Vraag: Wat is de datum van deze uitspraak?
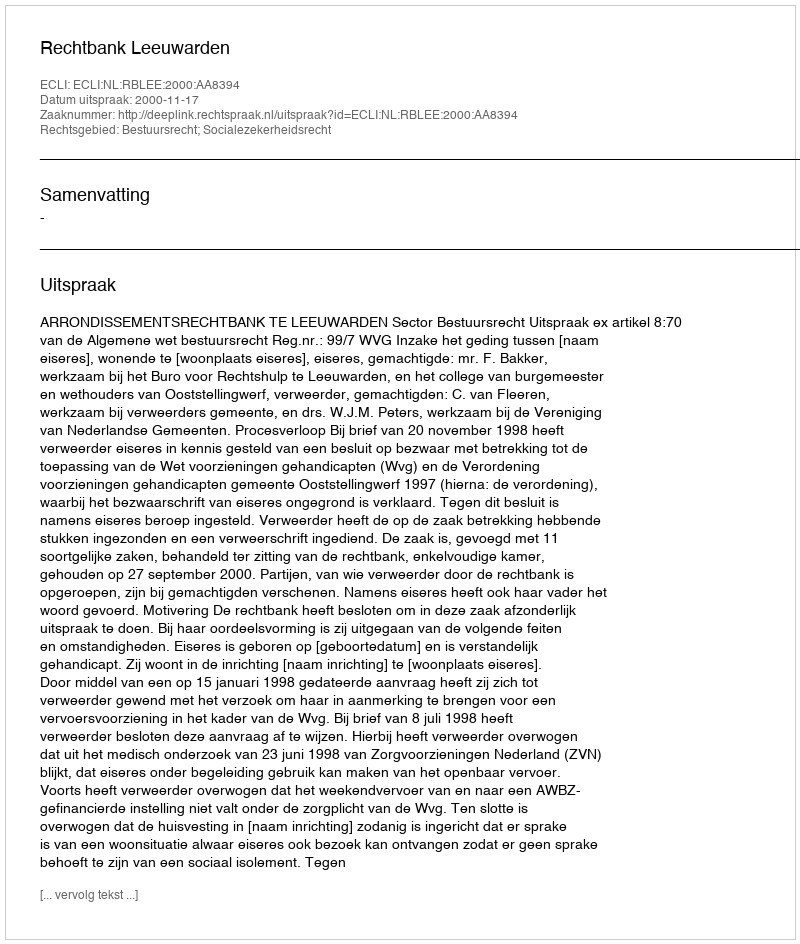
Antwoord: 2000-11-17